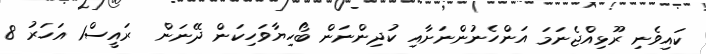
ކައިވެނި ރޫޅިއްޖެނަމަ އަންހެނުންނަށާއި ކުދިންނަން ބޯހިޔާވަހިކަން ދޭނަން  ރައީސް1 އަހަރު 8